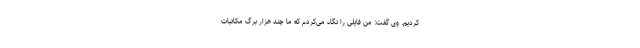
کردیم. وی گفت: من فایلی را نگاه می‌کردم که ما چند هزار برگ مکاتبات